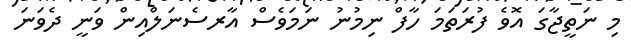
މި ނަތީޖާގަ އޮވެ ފުރަތަމަ ހާފް ނިމުނު ނަމަވެސް އާރސެނަލްއިން ވަނީ ދެވަނަ